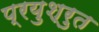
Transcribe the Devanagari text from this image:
प्रयुश्रुत